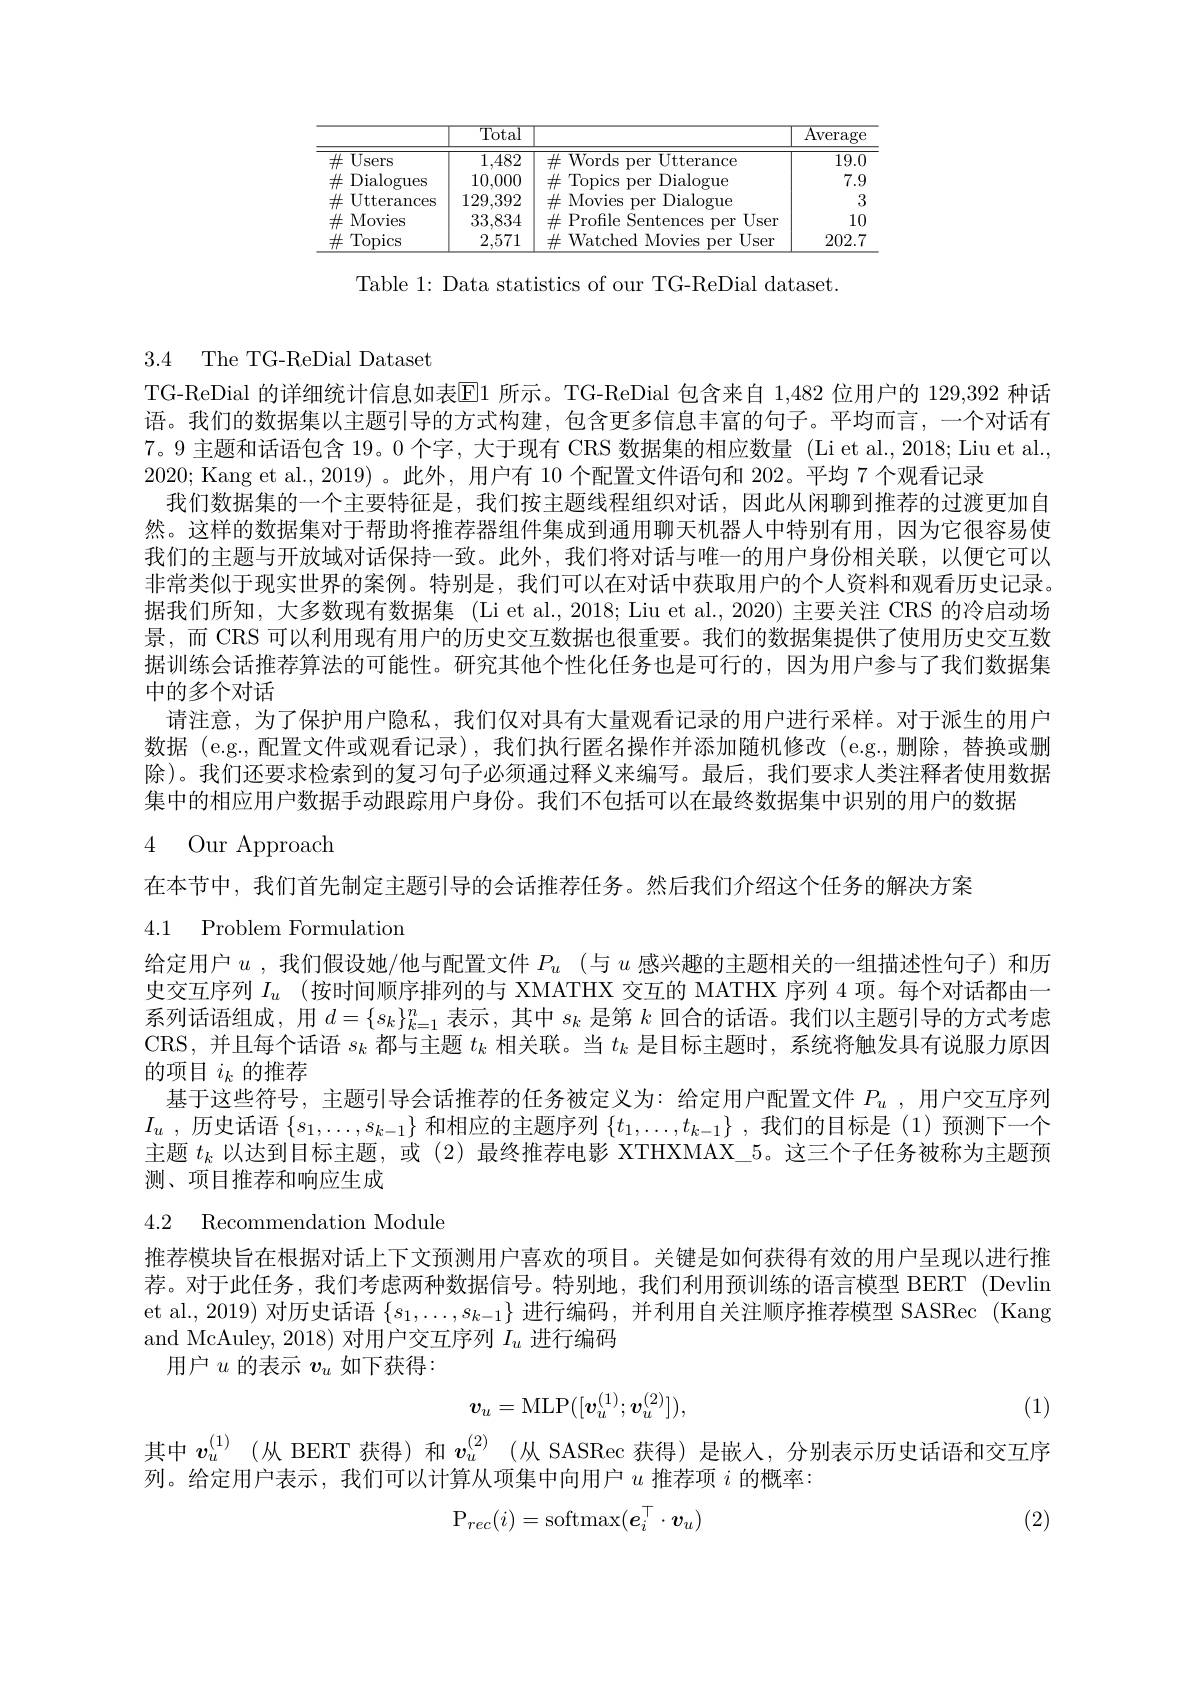
<table>
	<tbody>
		<tr>
			<th> </th>
			<th>$\overline{\mathrm{Total}}$</th>
			<th> </th>
			<th>${\overline{{\mathrm{Average}}}}$</th>
		</tr>
		<tr>
			<td>$\overline{\mathrm{Users}}$ $\#$</td>
			<td>1,482</td>
			<td>$\#$Words per Utterance</td>
			<td>19.0</td>
		</tr>
		<tr>
			<td>Dialogues 井</td>
			<td>10,000</td>
			<td>$\#$Topics per Dialogue</td>
			<td>7.9</td>
		</tr>
		<tr>
			<td>出 Utterances</td>
			<td>129,392</td>
			<td>$\#$ Movies per Dialogue ·</td>
			<td>3</td>
		</tr>
		<tr>
			<td>$\#$ Movies</td>
			<td>33,834</td>
			<td>$\#$ Profile Sentences per $\because User$</td>
			<td>10</td>
		</tr>
		<tr>
			<td>$\#$ $\operatorname{Topics}$</td>
			<td>2,571</td>
			<td>${\notin\mathrm{Watched}}$ $\textbf{H Movies per}$ User $\#$</td>
			<td>202.7</td>
		</tr>
	</tbody>
</table>

Table 1: Data statistics of our TG-ReDial dataset.

3.4 The TG-ReDial Dataset

TG-ReDial 的详细统计信息如表$\overline{\mathrm{E}}1$所示。TG-ReDial 包含来自1，482位用户的 129,392 种话语。我们的数据集以主题引导的方式构建，包含更多信息丰富的句子。平均而言，一个对话有7。9主题和话语包含 19。0 个字，大于现有 CRS 数据集的相应数量 (Li et al.,2018; Liu et al., 2020; Kang et al., 2019)。此外，用户有 10 个配置文件语句和 202。平均 7 个观看记录
我们数据集的一个主要特征是，我们按主题线程组织对话，因此从闲聊到推荐的过渡更加自然。这样的数据集对于帮助将推荐器组件集成到通用聊天机器人中特别有用，因为它很容易使我们的主题与开放域对话保持一致。此外，我们将对话与唯一的用户身份相关联，以便它可以非常类似于现实世界的案例。特别是，我们可以在对话中获取用户的个人资料和观看历史记录。据我们所知，大多数现有数据集 (Li et al., 2018; Liu et al., 2020) 主要关注 CRS 的冷启动场景，而 CRS 可以利用现有用户的历史交互数据也很重要。我们的数据集提供了使用历史交互数据训练会话推荐算法的可能性。研究其他个性化任务也是可行的，因为用户参与了我们数据集中的多个对话
请注意，为了保护用户隐私，我们仅对具有大量观看记录的用户进行采样。对于派生的用户数据 (e.g., 配置文件或观看记录),我们执行匿名操作并添加随机修改 (e.g.,删除，替换或删除)。我们还要求检索到的复习句子必须通过释义来编写。最后，我们要求人类注释者使用数据集中的相应用户数据手动跟踪用户身份。我们不包括可以在最终数据集中识别的用户的数据

4 Our Approach

在本节中，我们首先制定主题引导的会话推荐任务。然后我们介绍这个任务的解决方案

4.1 Problem Formulation

给定用户$u$ ,我们假设她/他与配置文件$P_u$ (与$u$感兴趣的主题相关的一组描述性句子)和历史交互序列 $I_u$ (按时间顺序排列的与 XMATHX 交互的 MATHX 序列 4 项。每个对话都由一系列话语组成，用$d=\{s_k\}_{k=1}^n$表示，其中$s_k$是第$k$回合的话语。我们以主题引导的方式考虑CRS, 并且每个话语$s_k$都与主题$t_k$相关联。当$t_k$是目标主题时，系统将触发具有说服力原因的项目$i_k$的推荐
基于这些符号，主题引导会话推荐的任务被定义为：给定用户配置文件$P_u$ , 用户交互序列$I_u$ , 历史话语 $\{ s_1, \ldots , s_{k- 1}\}$ 和相应的主题序列 $\{ t_1, \ldots , t_{k- 1}\}$ , 我们的目标是(1)预测下一个主题$t_k$以达到目标主题，或 (2)最终推荐电影 XTHXMAX\_5。这三个子任务被称为主题预测、项目推荐和响应生成
4.2 Recommendation Module
推荐模块旨在根据对话上下文预测用户喜欢的项目。关键是如何获得有效的用户呈现以进行推荐。对于此任务，我们考虑两种数据信号。特别地，我们利用预训练的语言模型 BERT (Devlin

et al., 2019) 对历史话语$\{s_1,\ldots,s_{k-1}\}$进行编码 ,并利用自关注顺序推荐模型 SASRec (Kang
and McAuley, 2018) 对用户交互序列$I_u$进行编码
用户$u$的表示$v_u$如下获得：
$$v_u=\mathrm{MLP}([v_u^{(1)};v_u^{(2)}]),$$
(1)

其中$v_u^{(1)}$ (从 BERT 获得)和$v_u^{(2)}$ (从 SASRec 获得)是嵌人，分别表示历史话语和交互序
列。给定用户表示，我们可以计算从项集中向用户$u$推荐项$i$的概率：
$$\mathrm{P}_{rec}(i)=\mathrm{softmax}(e_i^\top\cdot v_u)$$
(2)